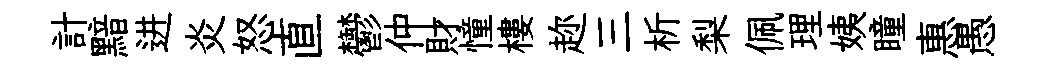
計黯进炎怒直鬱仲財憧樓趂三析梨佩理姨瞳惠愚